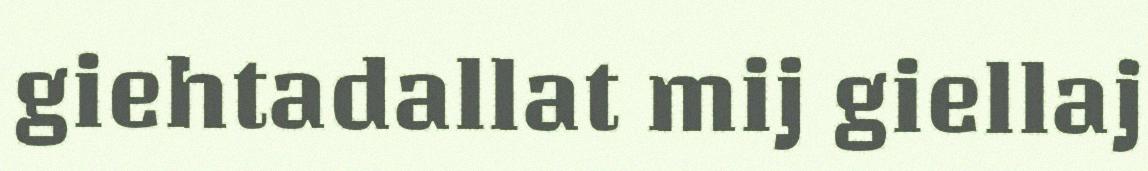
giehtadallat mij giellaj